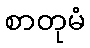
စာတုမံ